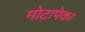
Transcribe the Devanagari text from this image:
मोटापेका